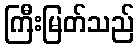
ကြီးမြတ်သည်